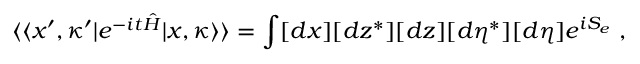
\langle \langle x ^ { \prime } , \kappa ^ { \prime } | e ^ { - i t \hat { H } } | x , \kappa \rangle \rangle = \int [ d x ] [ d z ^ { * } ] [ d z ] [ d \eta ^ { * } ] [ d \eta ] e ^ { i S _ { e } } \; ,